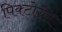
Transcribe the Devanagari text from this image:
पिक्टोग्रैम